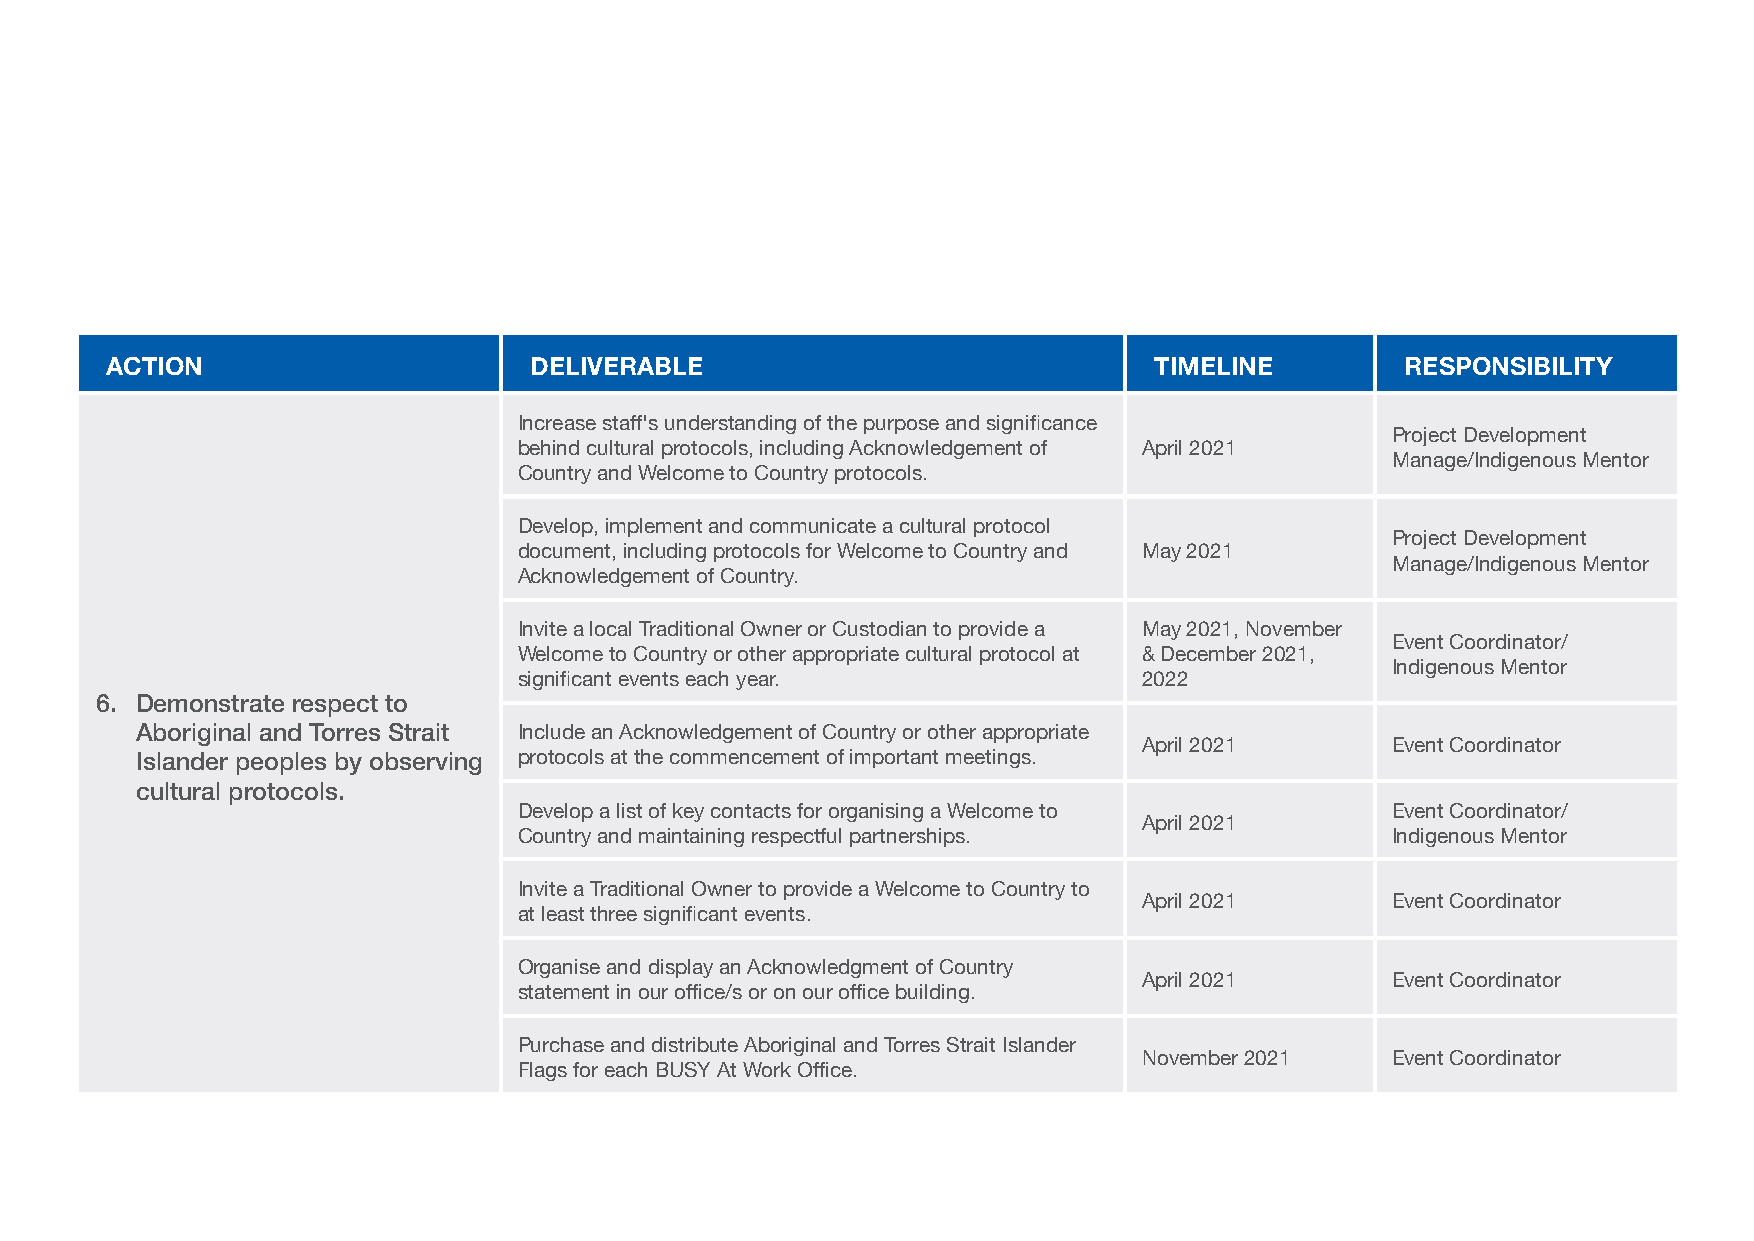
ACTION                      DELIVERABLE                              TIMELINE         RESPONSIBILITY
 Increase staff's understanding of the purpose and significance
 Project Development
 behind cultural protocols, including Acknowledgement of April 2021
 Manage/Indigenous Mentor
 Country and Welcome to Country protocols.
 Develop, implement and communicate a cultural protocol
 Project Development
 document, including protocols for Welcome to Country and May 2021
 Manage/Indigenous Mentor
 Acknowledgement of Country.
 Invite a local Traditional Owner or Custodian to provide a May 2021, November
 Event Coordinator/
 Welcome to Country or other appropriate cultural protocol at & December 2021,
 Indigenous Mentor
 significant events each year.             2022
 6. Demonstrate respect to
 Aboriginal and Torres Strait Include an Acknowledgement of Country or other appropriate
 April 2021      Event Coordinator
 Islander peoples by observing protocols at the commencement of important meetings.
 cultural protocols.
 Develop a list of key contacts for organising a Welcome to Event Coordinator/
 April 2021
 Country and maintaining respectful partnerships.          Indigenous Mentor
 Invite a Traditional Owner to provide a Welcome to Country to
 April 2021      Event Coordinator
 at least three significant events.
 Organise and display an Acknowledgment of Country
 April 2021      Event Coordinator
 statement in our office/s or on our office building.
 Purchase and distribute Aboriginal and Torres Strait Islander
 November 2021   Event Coordinator
 Flags for each BUSY At Work Office.